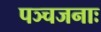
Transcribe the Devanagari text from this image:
पञ्चजनाः